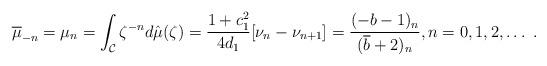
LaTeX: \begin{align*} \overline{\mu}_{-n} = \mu_{n} = \int_{\mathcal{C}} \zeta^{-n} d \hat{\mu}(\zeta) = \frac{1+c_1^2}{4d_1} [\nu_n - \nu_{n+1}] = \frac{(-b-1)_n}{(\overline{b}+2)_n}, n = 0, 1, 2, \ldots \ .\end{align*}